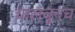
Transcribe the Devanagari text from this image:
चालवूनच